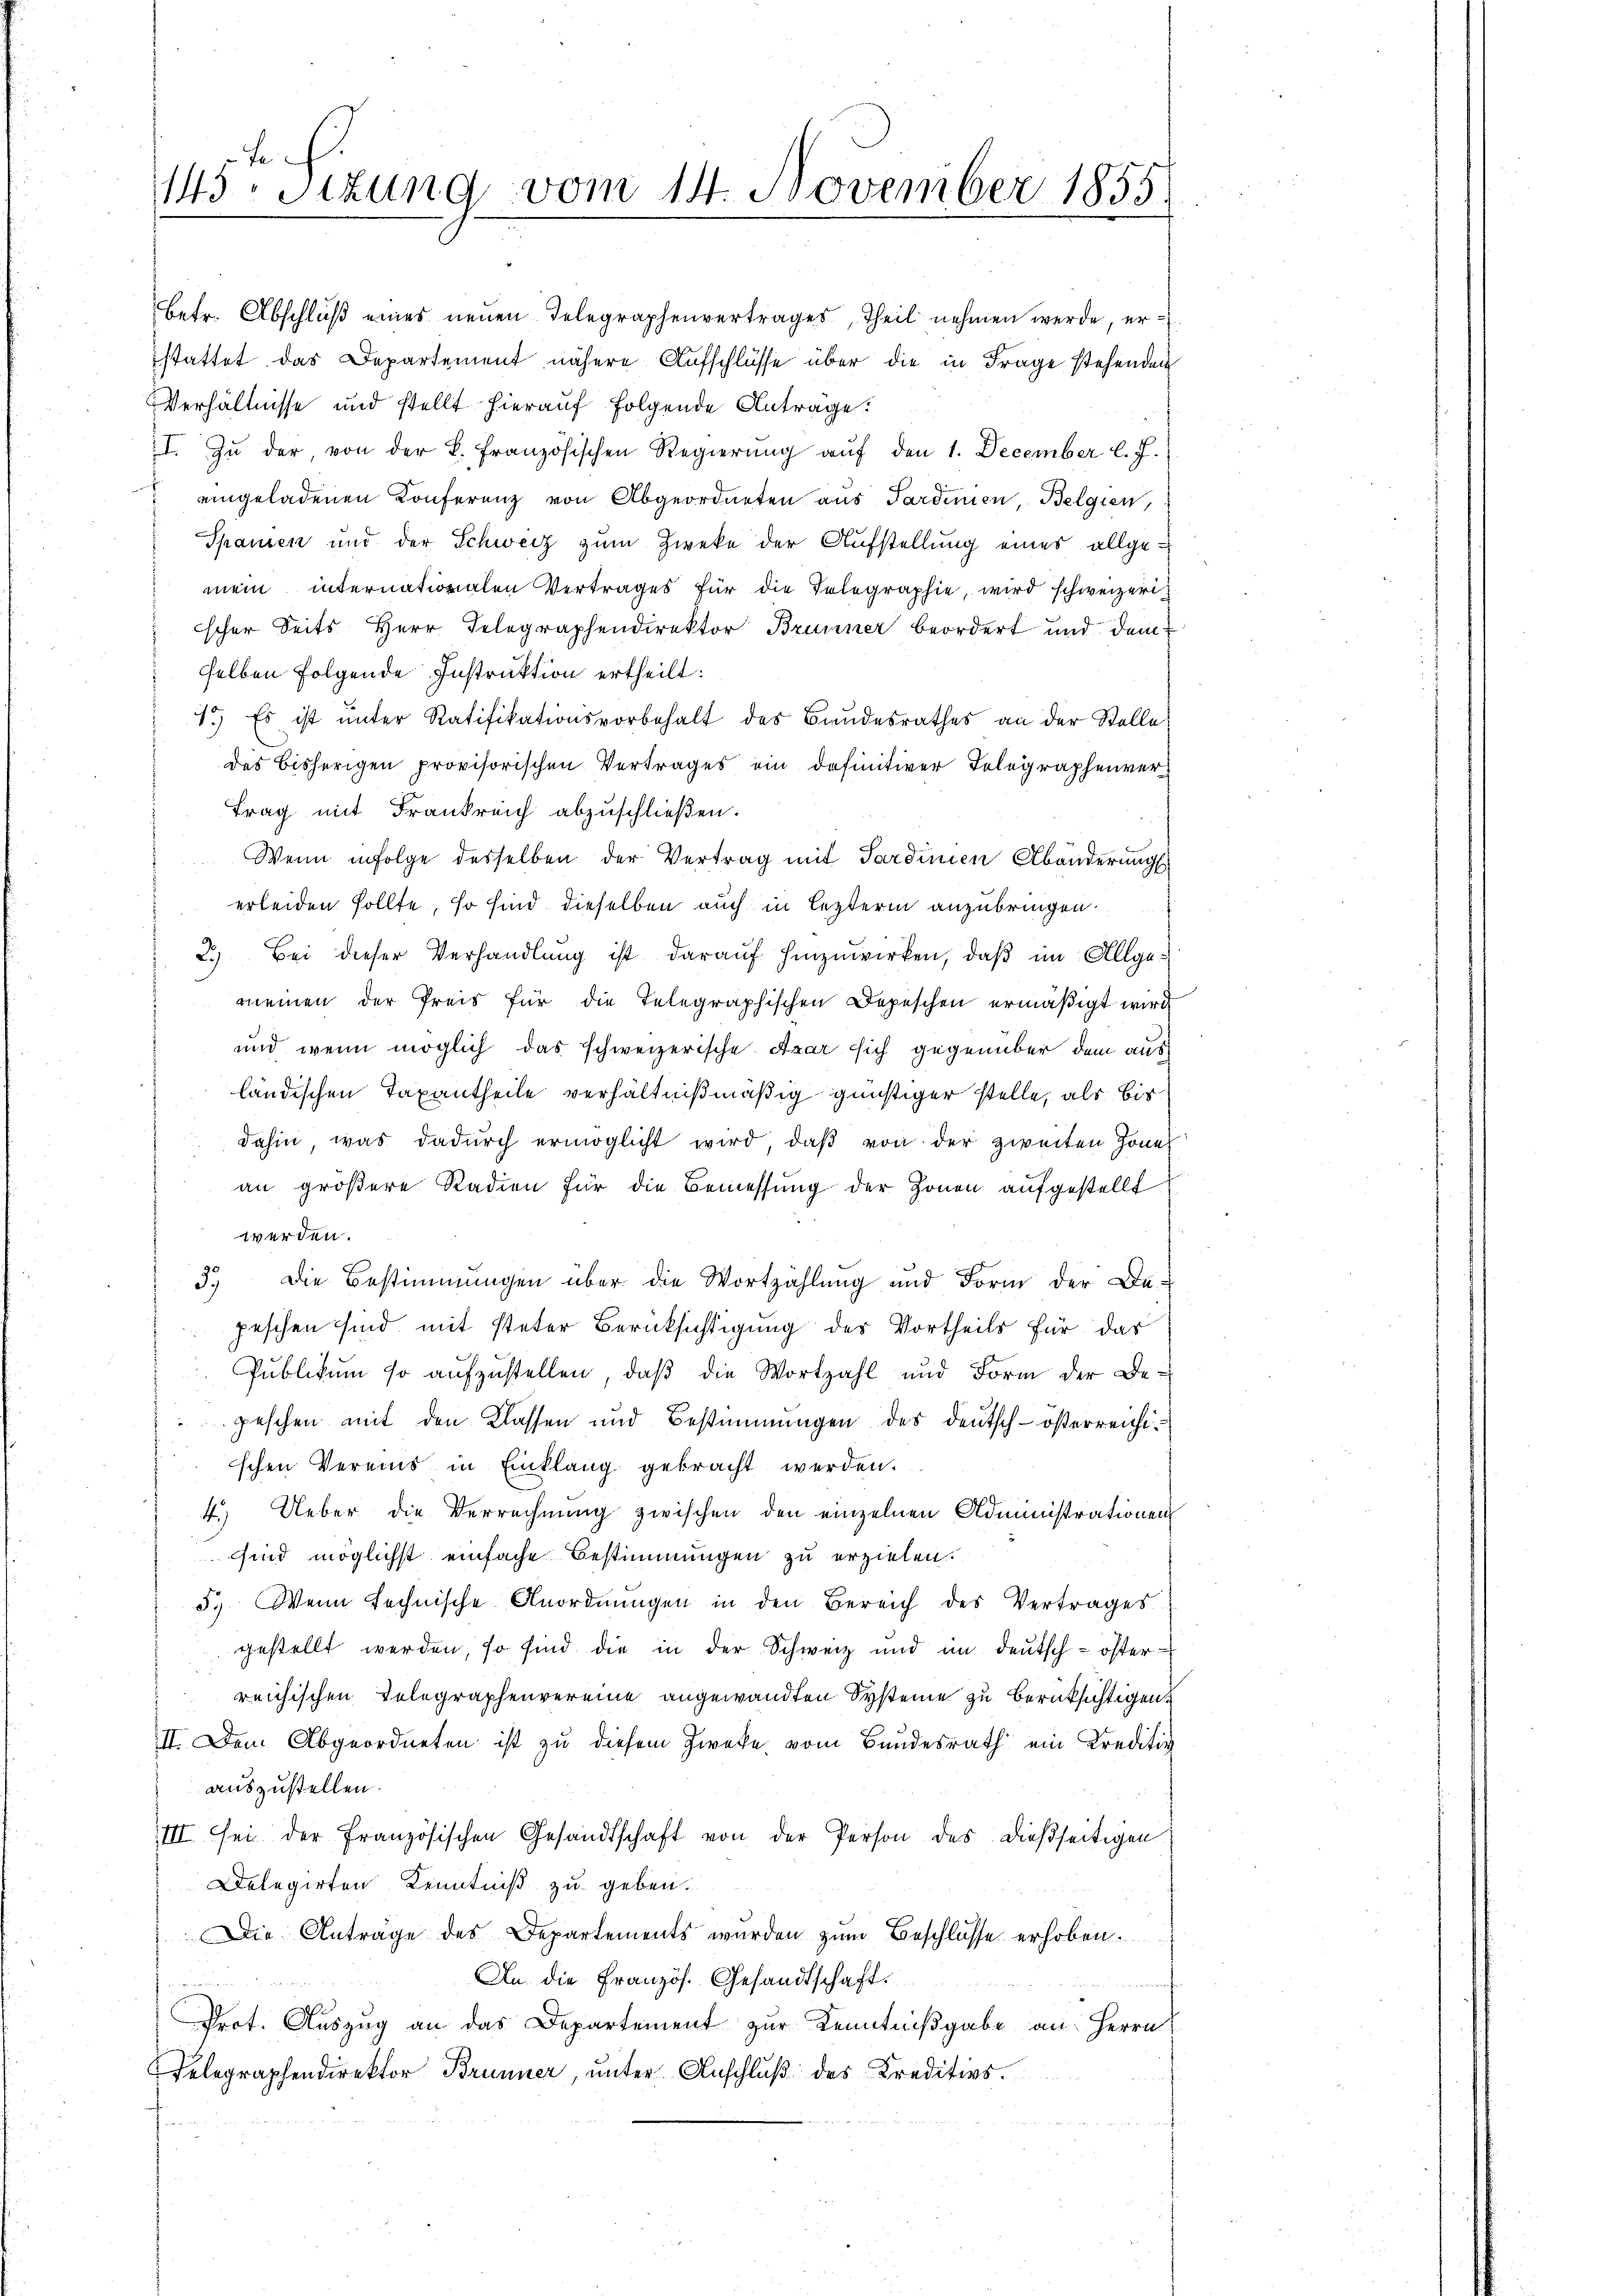
Fe
143 sizung vom 14. November 1855

an größere Radien für die Bemessung der Zonen aufgestellt
werden.
3.) Die Bestimmungen über die Wortzahlung und Form der De-
peschen sind mit steter Berücksichtigung des Vortheils für das
Publikum so aufzustellen, daβ die Wortzahl und Form der Be-
peschen mit den Klassen und Bestimmungen des deutsch-österreichischen Vereins in Einklang gebracht werden.
4.) Ueber die Verrechnung zwischen den einzelnen Administrationen
sind möglichst einfache Bestimmungen zu erzielen.
5.) Wenn technische Anordnŭngen in den Bereich des Vertrages.
gestellt werden, so sind die in der Schweiz und im deutsch-österreichischen Telegraphenvereine angewandten Systeme zu berüksichtigen.
II. Dem Abgeordneten ist zu diesem Zwecke, vom Bundesrath ein Kreditiv
auszustellen.
III sei der französischen Gesandtschaft von der Person des dießseitigen
Dolegirten Kenntniß zu geben.
Die Anträge des Departements wurden zum Beschlüsse erhoben.
An die Französ. Gesandtschaft.
n
Prot. Auszug an das Departement zur Kenntnißgabe an Herrn
Telegraphendirektor Brunner, unter Anschluß des Kreditivs.

betr. Abschluß eines neuen Telegraphenvertrages, Theil nehmen werde, erstattet das Departement nähere Aufschlüsse über die in Frage stehenden
Verhältnisse und stellt hierauf folgende Antrage:
I. Zu der von der B. Französischen Regierŭng aŭf den 1. December l. J.
eingeladenen Konferenz von Abgeordneten aus Sardinien, Belgien,
Spanien und der Schweiz zum Zweke der Aufstellung eines allge-
mein internationalen Vertrages für die Telegraphie, wird schweizerischer Seits Herr Telegraphendirektor Brunner beordert und dem
selben folgende Instruktion ertheilt:
4.) Es ist ŭnter Ratifikationsvorbehalt des Bundesrathes an der Stelle
Das bisherigen provisorischen Vertrages ein definitiver Telegraphenver¬
Frag mit Frankreich abzuschließen.
Wenn infolge desselben der Vertrag mit Sardinien Abänderungss
erleiden sollte, so sind dieselben auch in lezterm anzubringen.
2.) Bei dieser Verhandlŭng ist darauf hinzuwirken, daβ im Allgemeinen der Preis für die Telegraphischen Depeschen ermäßigt wird
und wenn möglich das schweizerische Arar sich gegenüber dem aus
ländischen Taxantheile verhältnißmäßig günstiger stelle, als bis
dahin, was dadurch ermöglicht wird, daß von der zweiten Zoner